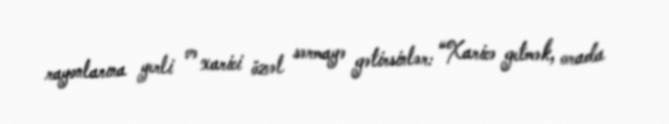
rayonlarına yerli və xarici özəl sərmayə gətirsinlər: “Xaricə getmək, orada